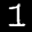
Label: 1